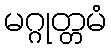
မဂ္ဂုတ္တမံ